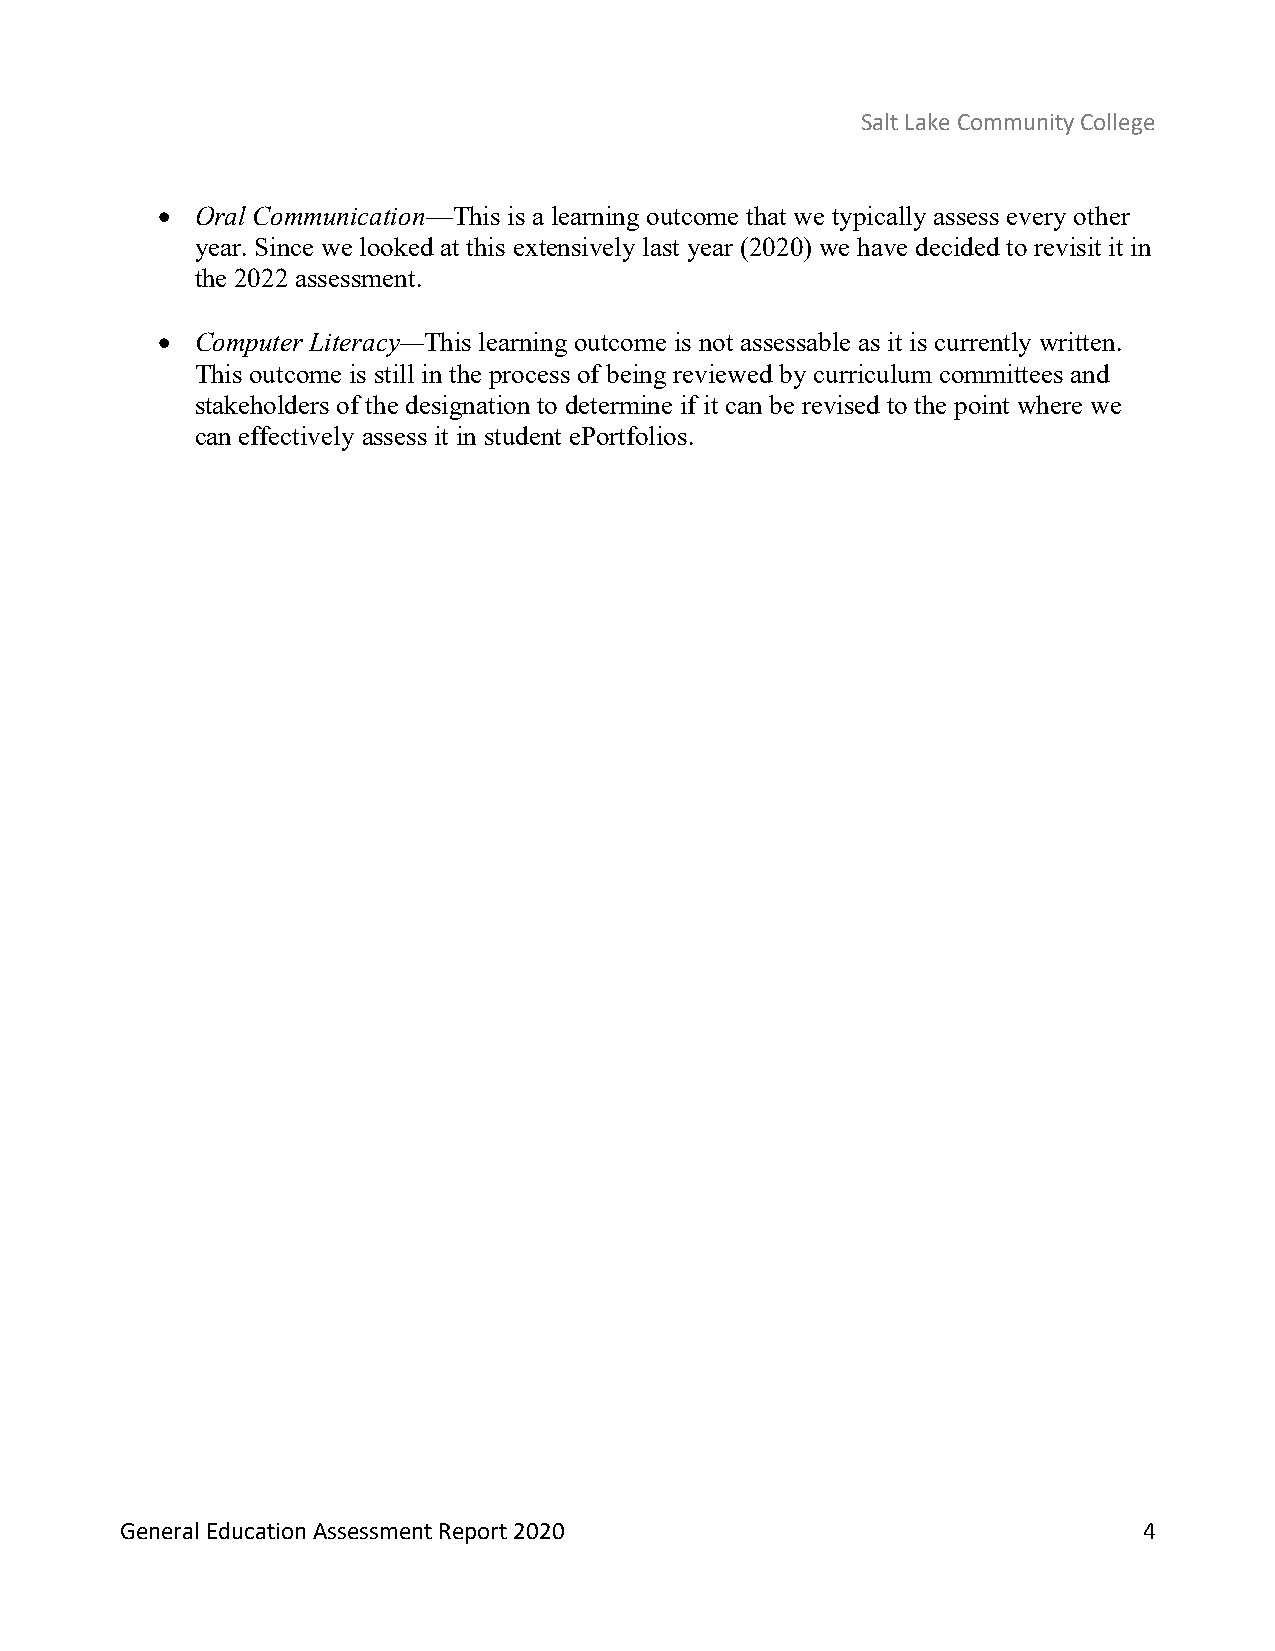
Salt Lake Community College
 •  Oral Communication—This is a learning outcome that we typically assess every other
 year. Since we looked at this extensively last year (2020) we have decided to revisit it in
 the 2022 assessment.
 •  Computer Literacy—This learning outcome is not assessable as it is currently written.
 This outcome is still in the process of being reviewed by curriculum committees and
 stakeholders of the designation to determine if it can be revised to the point where we
 can effectively assess it in student ePortfolios.
 General Education Assessment Report 2020                            4